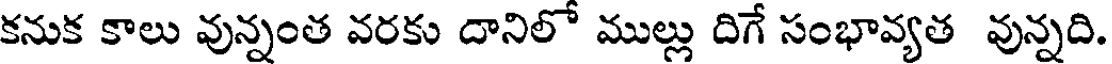
కనుక కాలు వున్నంత వరకు దానిలో ముల్లు దిగే సంభావ్యత వున్నది.